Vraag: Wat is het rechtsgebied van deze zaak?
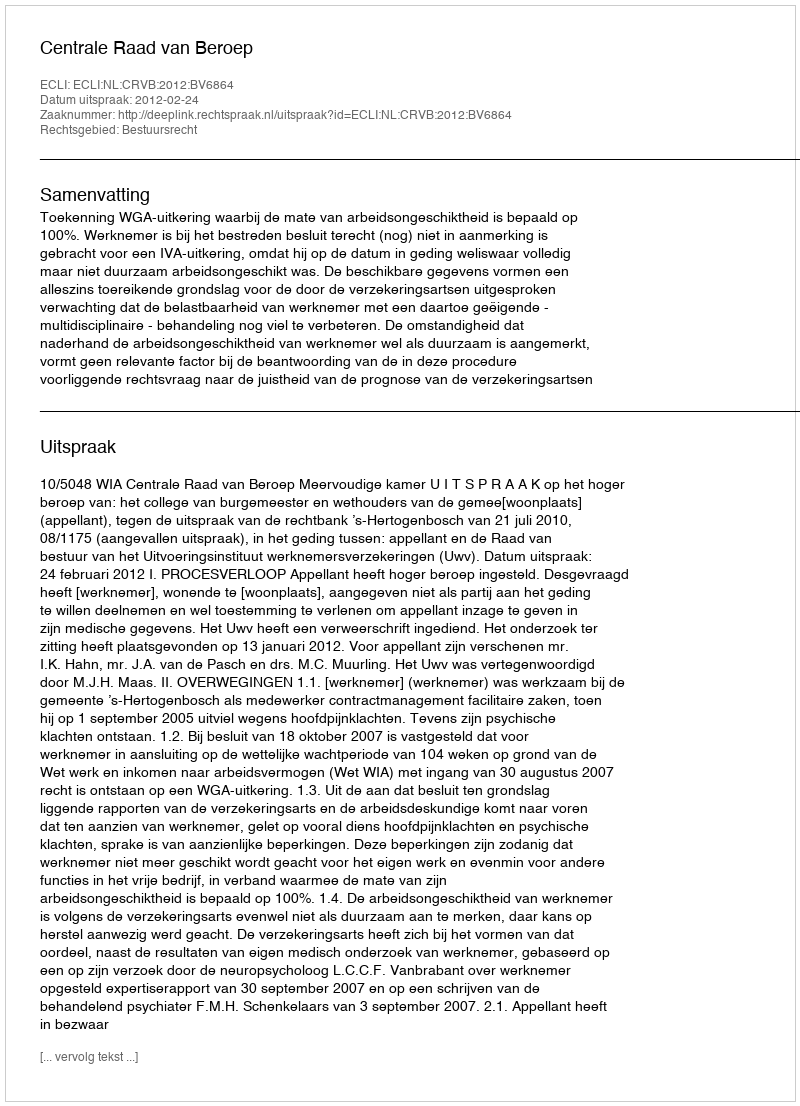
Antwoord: Bestuursrecht